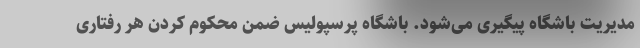
مدیریت باشگاه پیگیری می‌شود. باشگاه پرسپولیس ضمن محکوم کردن هر رفتاری